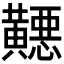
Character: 𬹓